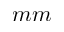
m m